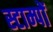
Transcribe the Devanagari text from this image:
स्टाम्पों